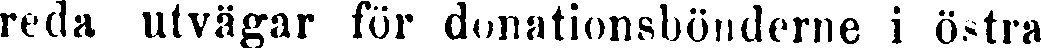
reda utvägar för donationsbönderne i östra